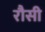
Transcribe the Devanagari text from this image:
रौसी